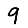
Digit: 9